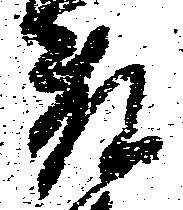
藤